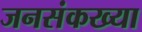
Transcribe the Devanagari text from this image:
जनसंकख्या